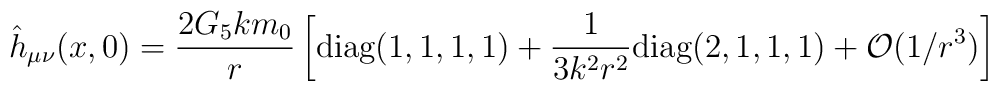
\hat h_{\mu\nu}(x, 0)=\frac{2 G_5km_0}{r}\left[\textrm{diag}(1,1,1,1)+\frac{1}{3k^2r^2 }\textrm{diag}(2,1,1,1)+\mathcal{O}(1/r^3) \right]